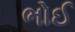
ભોઈ